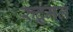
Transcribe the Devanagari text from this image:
रुद्र्मल